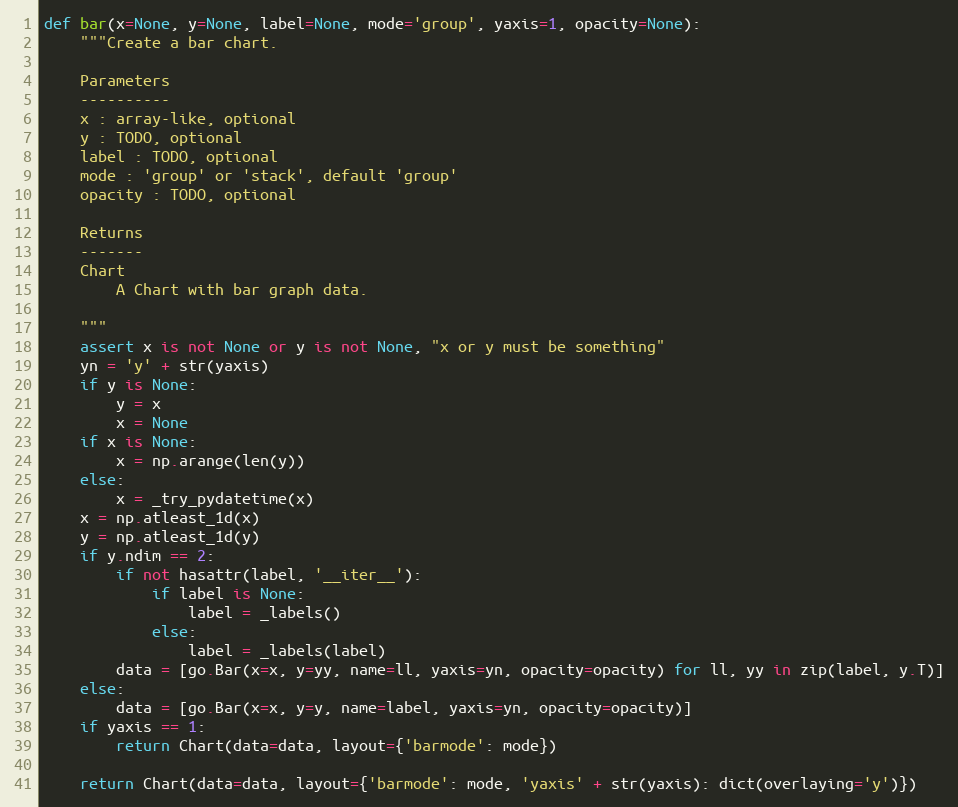
Language: Python
def bar(x=None, y=None, label=None, mode='group', yaxis=1, opacity=None):
    """Create a bar chart.

    Parameters
    ----------
    x : array-like, optional
    y : TODO, optional
    label : TODO, optional
    mode : 'group' or 'stack', default 'group'
    opacity : TODO, optional

    Returns
    -------
    Chart
        A Chart with bar graph data.

    """
    assert x is not None or y is not None, "x or y must be something"
    yn = 'y' + str(yaxis)
    if y is None:
        y = x
        x = None
    if x is None:
        x = np.arange(len(y))
    else:
        x = _try_pydatetime(x)
    x = np.atleast_1d(x)
    y = np.atleast_1d(y)
    if y.ndim == 2:
        if not hasattr(label, '__iter__'):
            if label is None:
                label = _labels()
            else:
                label = _labels(label)
        data = [go.Bar(x=x, y=yy, name=ll, yaxis=yn, opacity=opacity) for ll, yy in zip(label, y.T)]
    else:
        data = [go.Bar(x=x, y=y, name=label, yaxis=yn, opacity=opacity)]
    if yaxis == 1:
        return Chart(data=data, layout={'barmode': mode})

    return Chart(data=data, layout={'barmode': mode, 'yaxis' + str(yaxis): dict(overlaying='y')})